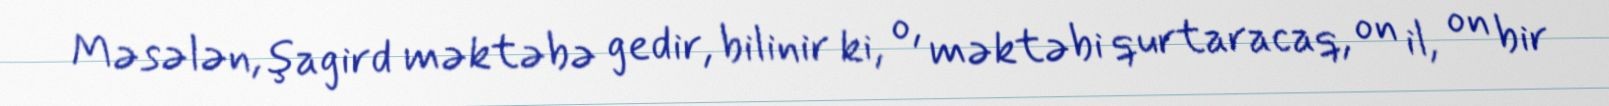
Məsələn, şagird məktəbə gedir, bilinir ki, o, məktəbi qurtaracaq, on il, on bir